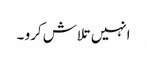
انہیں تلاش کرو ۔